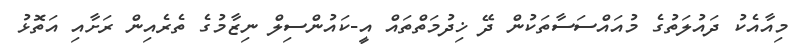
މިއާއެކު ދައުލަތުގެ މުއައްސަސާތަކުން ދޭ ޚިދުމަތްތައް އީ-ކައުންސިލް ނިޒާމުގެ ތެރެއިން ރަށާއި އަތޮޅު